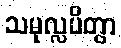
သမုလ္လပိတွာ